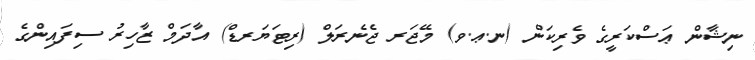
ނިޝާން ޢަސްކަރީގެ ވެރިކަން (ނ.ޢ.ވ) މޭޖަރ ޖެނެރަލް (ރިޓަޔަރޑް) އާދަމް ޒާހިރު ސިފައިންގެ